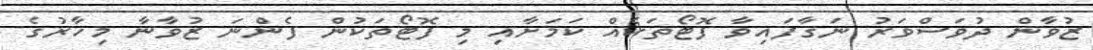
ޒުވާން ދުވަސްވަރު ނަގާފައިވާ ފޮޓޯތަކެއް ކަމަށާއި މި ފޮޓޯތަކުން ފެންނަ ޒުވާނާ މިހާރުގެ